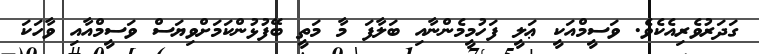
ގަދަރުވެރިއެކެވެ. ވަސީމްއަކީ ޢަލީ ފަހުމީމެންނާއި ބަލާފަ މާ މަތީ ބޭފުޅުންކަމަށްވިޔަސް ވަސީމްއާއި ވާހަކަ